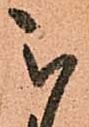
被